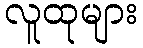
လူထုများ